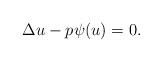
LaTeX: \begin{align*}\Delta u - p \psi (u) =0.\end{align*}